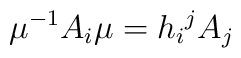
\mu ^{-1}A_{i}\mu =h_{i}{}^j A_{j}